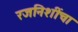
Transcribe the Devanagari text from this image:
रजनिशींचा